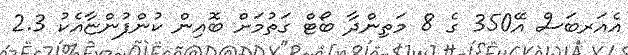
އެއަރބަސް އޭ350 ގެ 8 މަތިންދާ ބޯޓް ގަތުމަށް ބޮއިން ކުންފުންޏާއެކު 2.3